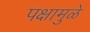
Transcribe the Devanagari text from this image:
पक्षामुळे